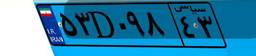
۵۳D۰۹۸۴۳